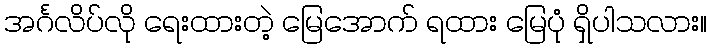
အင်္ဂလိပ်လို ရေးထားတဲ့ မြေအောက် ရထား မြေပုံ ရှိပါသလား။